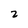
Character: 2